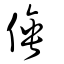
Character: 倕